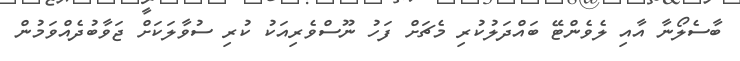
ބާސެލޯނާ އާއި ލެވެންޓޭ ބައްދަލުކުރި މެޗަށް ފަހު ނޫސްވެރިއަކު ކުރި ސުވާލަކަށް ޖަވާބުދެއްވަމުން